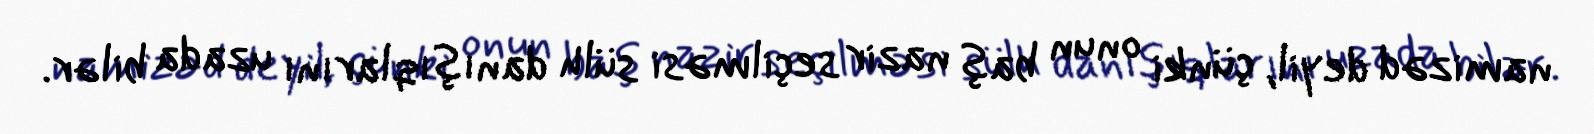
namizəd deyil, çünki onun baş nazir seçilməsi sülh danışıqlarını uzada bilər.